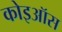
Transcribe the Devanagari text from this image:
कोइऑस